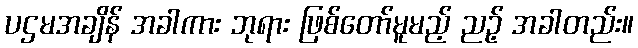
ပဌမအချိန် အခါကား ဘုရား ဖြစ်တော်မူမည့် ညဉ့် အခါတည်း။